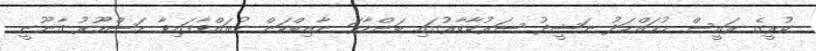
ކުރީގެ ރައީސް މުހައްމަދު ނަޝީދު ސަރުކާކާރުގައި ބަންޑާރަ ނާއިބްކަން ކުރައްވާފައިވާ މަޝްހޫރު ޤާނޫނީ